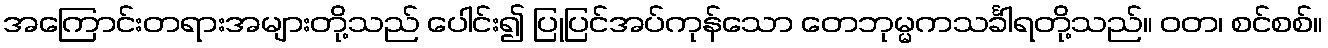
အကြောင်းတရားအများတို့သည် ပေါင်း၍ ပြုပြင်အပ်ကုန်သော တေဘုမ္မကသင်္ခါရတို့သည်။ ဝတ၊ စင်စစ်။